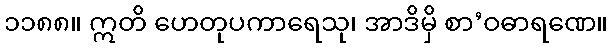
၁၁၈၈။ ဣတိ ဟေတုပကာရေသု၊ အာဒိမှိ စာ’ဝဓာရဏေ။